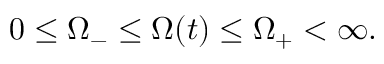
0 \leq \Omega _ { - } \leq \Omega ( t ) \leq \Omega _ { + } < \infty .